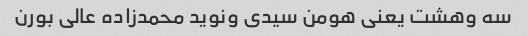
سه وهشت یعنی هومن سیدی ونوید محمدزاده عالی بورن